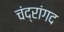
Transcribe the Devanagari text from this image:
चंद्रांगद